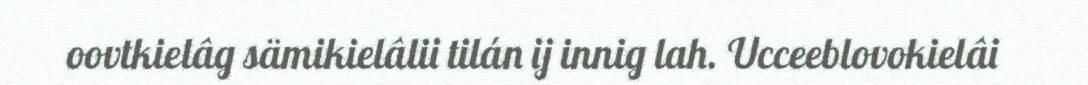
oovtkielâg sämikielâlii tilán ij innig lah. Ucceeblovokielâi